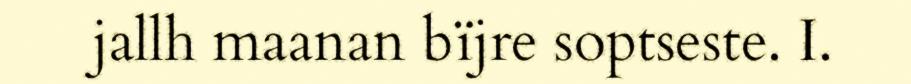
jallh maanan bïjre soptseste. I.